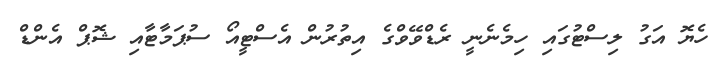
ހެޔޮ އަގު ލިސްޓުގައި ހިމެނެނީ ރެޑްވޭވްގެ އިތުރުން އެސްޓީއޯ ސުޕަމާޓާއި ޝޮޕް އެންޑް